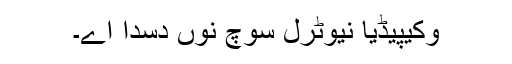
وکیپیڈیا نیوٹرل سوچ نوں دسدا اے۔